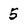
Character: 5